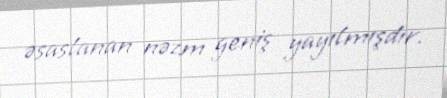
əsaslanan nəzm geniş yayılmışdır.